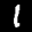
Label: 1